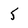
Character: 5